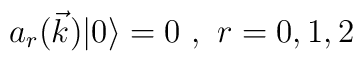
a_r(\vec k) |0 \rangle = 0 \ , \ r = 0, 1, 2